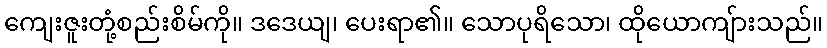
ကျေးဇူးတုံ့စည်းစိမ်ကို။ ဒဒေယျ၊ ပေးရာ၏။ သောပုရိသော၊ ထိုယောကျ်ားသည်။